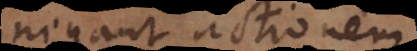
negant actionem